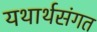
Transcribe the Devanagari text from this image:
यथार्थसंगत